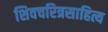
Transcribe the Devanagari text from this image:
शिवचरित्रसाहित्य